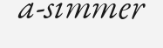
a-simmer